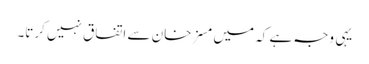
یہی وجہ ہے کہ میں مسز خان سے اتفاق نہیں کرتا۔